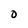
Character: O